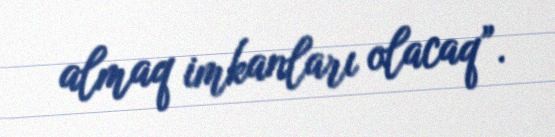
almaq imkanları olacaq”.